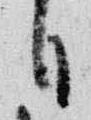
日